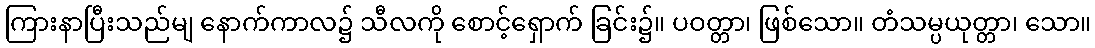
ကြားနာပြီးသည်မျ နောက်ကာလ၌ သီလကို စောင့်ရှောက် ခြင်း၌။ ပဝတ္တာ၊ ဖြစ်သော။ တံသမ္ပယုတ္တာ၊ သော။